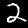
Digit: 2